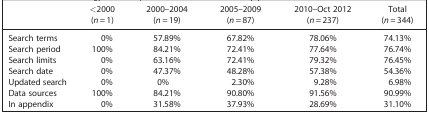
<table><thead><tr><td></td><td><b>&lt;2000 (<i>n</i> = 1)</b></td><td><b>2000–2004 (<i>n</i> = 19)</b></td><td><b>2005–2009 (<i>n</i> = 87)</b></td><td><b>2010–Oct 2012 (<i>n</i> = 237)</b></td><td><b>Total (<i>n</i> = 344)</b></td></tr></thead><tbody><tr><td>Search terms</td><td>0%</td><td>57.89%</td><td>67.82%</td><td>78.06%</td><td>74.13%</td></tr><tr><td>Search period</td><td>100%</td><td>84.21%</td><td>72.41%</td><td>77.64%</td><td>76.74%</td></tr><tr><td>Search limits</td><td>0%</td><td>63.16%</td><td>72.41%</td><td>79.32%</td><td>76.45%</td></tr><tr><td>Search date</td><td>0%</td><td>47.37%</td><td>48.28%</td><td>57.38%</td><td>54.36%</td></tr><tr><td>Updated search</td><td>0%</td><td>0%</td><td>2.30%</td><td>9.28%</td><td>6.98%</td></tr><tr><td>Data sources</td><td>100%</td><td>84.21%</td><td>90.80%</td><td>91.56%</td><td>90.99%</td></tr><tr><td>In appendix</td><td>0%</td><td>31.58%</td><td>37.93%</td><td>28.69%</td><td>31.10%</td></tr></tbody></table>